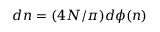
d n = ( 4 N / \pi ) d \phi ( n )